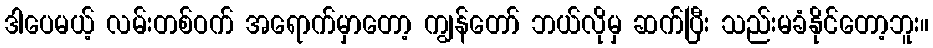
ဒါပေမယ့် လမ်းတစ်ဝက် အရောက်မှာတော့ ကျွန်တော် ဘယ်လိုမှ ဆက်ပြီး သည်းမခံနိုင်တော့ဘူး။